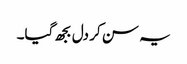
یہ سن کر دل بجھ گیا۔